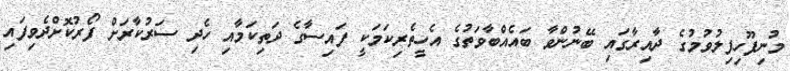
މުނިފޫހިފިލުވުމުގެ ދާއިރާގައި ބޭނުންވާ ބައެއްބާވަތުގެ އެހީތެރިކަމަކީ ފައިސާގެ ދަތިކަމާއި ހެދި ސަރުކާރަށް ފޯރުކޮށްދެވިފައި